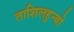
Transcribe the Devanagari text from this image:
ताशिलहुन्बो